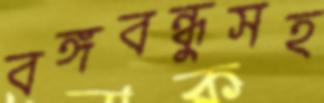
বঙ্গবন্ধুসহ